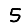
Digit: 5